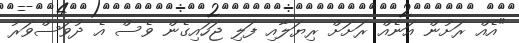
"އެއް ރަށުން އަނެއް ރަށަށް ރިޔަލާއި ފަލި ޖަހައިގެން ވެސް އެ ދުވަސްވަރު